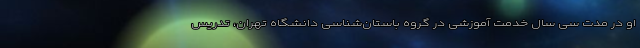
او در مدت سی سال خدمت آموزشی در گروه باستان‌شناسی دانشگاه تهران، تدریس